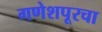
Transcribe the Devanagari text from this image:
गणेशपूरचा